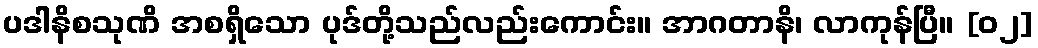
ပဒါနိစသုဏိ အစရှိသော ပုဒ်တို့သည်လည်းကောင်း။ အာဂတာနိ၊ လာကုန်ပြီ။ [၀၂]